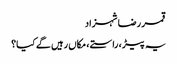
قمر رضا شہزاد
یہ پیڑ ، راستے ، مکاں رہیں گے کیا؟